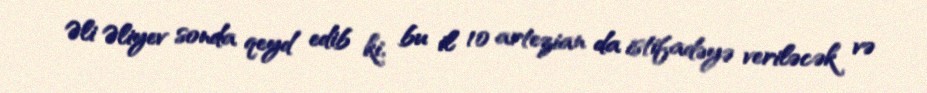
Əli Əliyev sonda qeyd edib ki, bu il 10 artezian da istifadəyə veriləcək və